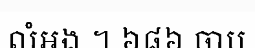
លំអង ។ ៦៨៦ ចាប